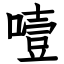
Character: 噎